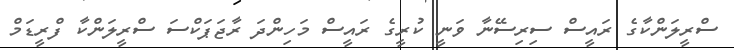
ސްރީލަންކާގެ ރައީސް ސިރިސޭނާ ވަނީ ކުރީގެ ރައީސް މަހިންދަ ރާޖަޕަކްސަ ސްރީލަންކާ ފްރީޑަމް